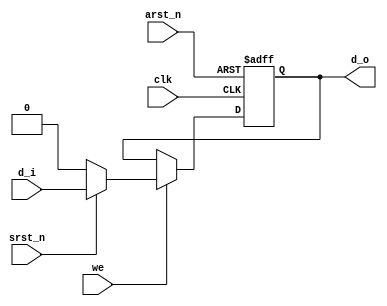
`timescale 1ns/1ps

module pip_reg #(parameter WIDTH = 1)(d_i, d_o, clk, we, srst_n, arst_n);

input [WIDTH-1:0] d_i;
input clk, we, srst_n, arst_n;

output reg [WIDTH-1:0] d_o;

always @(posedge clk or negedge arst_n) begin
	if(!arst_n)  d_o <= 0;		
	else if(we) begin
		if(!srst_n) d_o <= 0;
		else d_o <= d_i;
	end 
	else d_o <= d_o;
end

endmodule